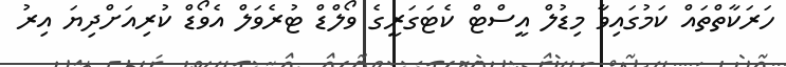
ހަރަކާތްތައް ކަމުގައިވާ މިޑުލް އީސްޓް ކެޓަގަރީގެ ވޯލްޑް ޓުރެވަލް އެވޯޑް ކުރިއަށްދިޔަ އިރު